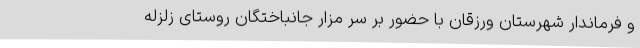
و فرماندار شهرستان ورزقان با حضور بر سر مزار جانباختگان روستای زلزله